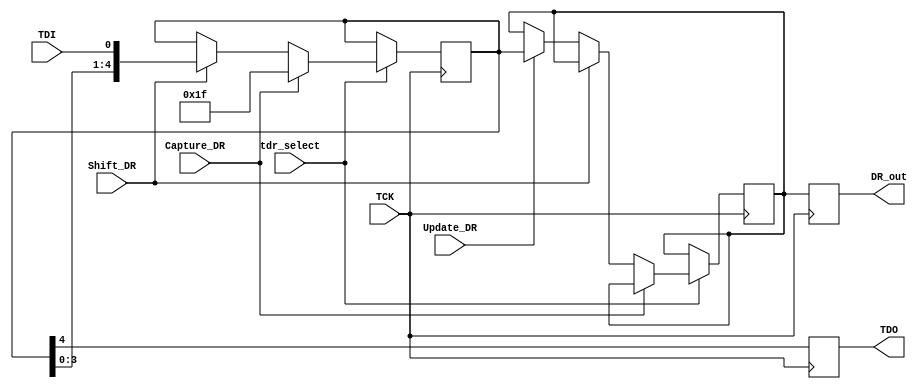
module Bypass_Data_reg(tdr_select,TCK,TDI,Capture_DR,Shift_DR,Update_DR,TDO,DR_out);
  input tdr_select,TCK,TDI,Capture_DR,Shift_DR,Update_DR;
  output reg TDO;
  parameter DR_length=5;
  output reg [DR_length-1:0]DR_out;
  reg [DR_length-1:0] Shift_reg, Update_reg;
  always @(posedge TCK)
    begin
      if(tdr_select)
        begin
          if(Capture_DR)
            Shift_reg<= {DR_length{1'b1}};
          else if(Shift_DR)
            Shift_reg<={ Shift_reg[DR_length-2:0] ,TDI}; 
          else if(Update_DR)
            Update_reg<=Shift_reg;
        end	
    end
  always@(posedge TCK)
    begin
      TDO<=Shift_reg[DR_length-1];
      DR_out<= Update_reg;
    end
endmodule